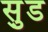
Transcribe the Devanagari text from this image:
सु़ड